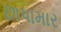
છાપામાર